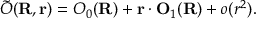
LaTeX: \tilde { O } ( { \bf R } , { \bf r } ) = O _ { 0 } ( { \bf R } ) + { \bf r } \cdot { \bf O } _ { 1 } ( { \bf R } ) + o ( r ^ { 2 } ) .